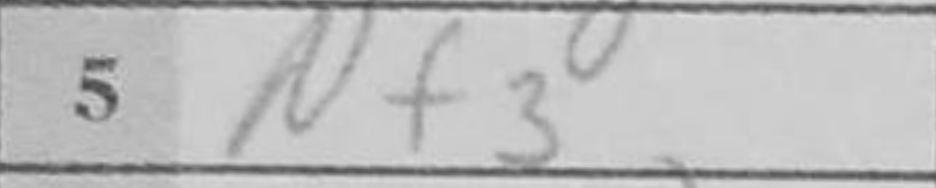
Transcription: Nf3